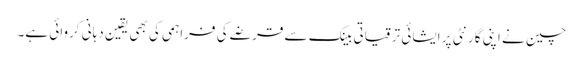
چین نے اپنی گارنٹی پر ایشائی ترقیاتی بینک سے قرضے کی فراہمی کی بھی یقین دہانی کروائی ہے۔